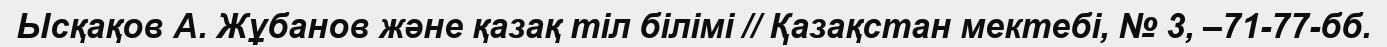
Ысқақов А. Жұбанов және қазақ тіл білімі // Қазақстан мектебі, № 3, –71-77-бб.